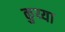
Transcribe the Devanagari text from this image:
कुय्या